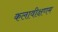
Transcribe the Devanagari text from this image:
कलावीक्षणम